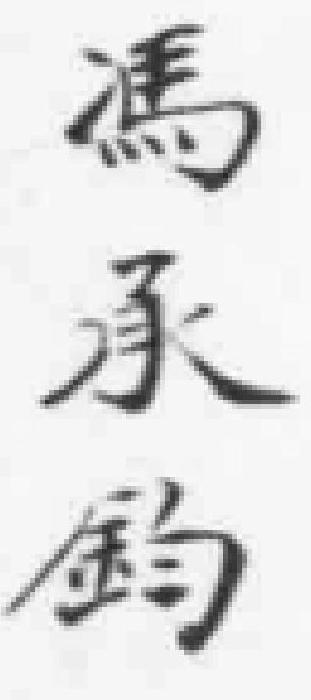
馮承鈞